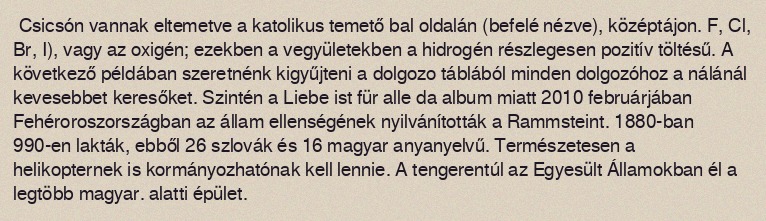
Csicsón vannak eltemetve a katolikus temető bal oldalán (befelé nézve), középtájon. F, Cl, Br, I), vagy az oxigén; ezekben a vegyületekben a hidrogén részlegesen pozitív töltésű. A következő példában szeretnénk kigyűjteni a dolgozo táblából minden dolgozóhoz a nálánál kevesebbet keresőket. Szintén a Liebe ist für alle da album miatt 2010 februárjában Fehéroroszországban az állam ellenségének nyilvánították a Rammsteint. 1880-ban 990-en lakták, ebből 26 szlovák és 16 magyar anyanyelvű. Természetesen a helikopternek is kormányozhatónak kell lennie. A tengerentúl az Egyesült Államokban él a legtöbb magyar. alatti épület.